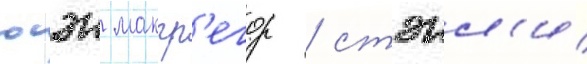
юэн макгр'егор / стэнл'и